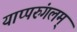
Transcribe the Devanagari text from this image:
याप्परुंगलम्